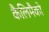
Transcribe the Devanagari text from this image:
कैलिमैको